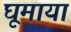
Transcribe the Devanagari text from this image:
घूमाया